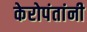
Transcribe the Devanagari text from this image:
केरोपंतांनी